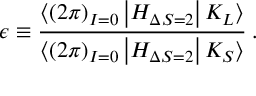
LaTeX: \epsilon \equiv \frac { \langle ( 2 \pi ) _ { I = 0 } \left| H _ { \Delta S = 2 } \right| K _ { L } \rangle } { \langle ( 2 \pi ) _ { I = 0 } \left| H _ { \Delta S = 2 } \right| K _ { S } \rangle } \: .